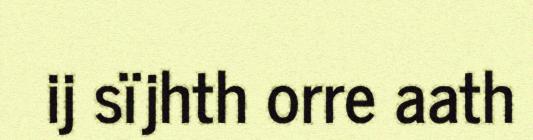
ij sïjhth orre aath